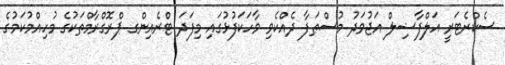
ސެކްރެޓަރީ އަލްފާޟިލް އަޖުވަދު މުސްޠަފާ ދެއްކެވި ވާހަކަފުޅުގައި މިފަދަ ޓްރެއިންގ ޕްރޮގްރާމްތަކުގެ މުހިއްމުކަމުގެ